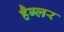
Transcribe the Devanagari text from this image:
हैग्लर